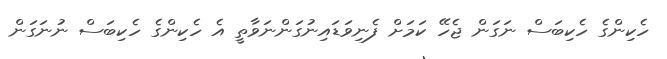
ހެކިންގެ ހެކިބަސް ނަގަން ޖެހޭ ކަމަށް ފެނިވަޑައިނުގަންނަވާތީ އެ ހެކިންގެ ހެކިބަސް ނުނަގަން